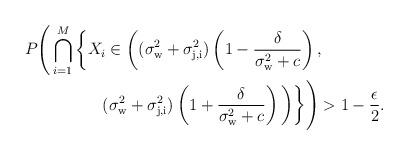
LaTeX: \begin{align*}P &\Bigg(\bigcap_{i=1}^M \bigg\{X_i \in \bigg((\sigma_{\rm w}^2 + \sigma_{\rm j,i}^2) \left (1 - \frac{\delta}{\sigma_{\rm w}^2 +c} \right ), \\&\qquad\qquad(\sigma_{\rm w}^2 + \sigma_{\rm j,i}^2) \left (1 + \frac{\delta}{\sigma_{\rm w}^2 +c} \right)\bigg ) \bigg\}\Bigg) > 1- \frac{\epsilon}{2}.\end{align*}